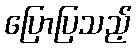
ပြောပြသည့်